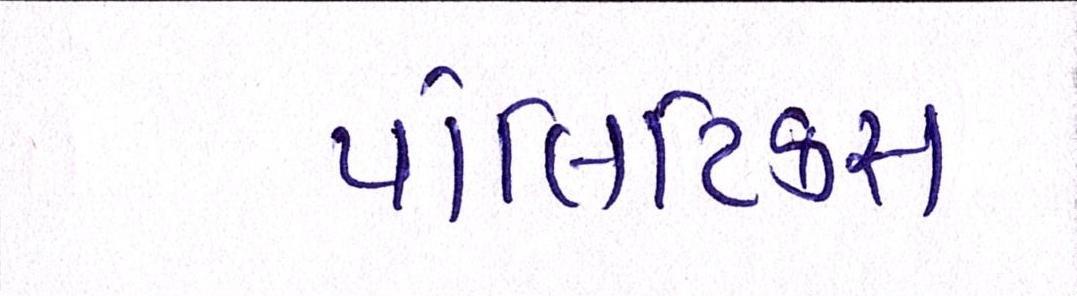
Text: પોલિટિકસ